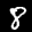
Label: 8